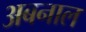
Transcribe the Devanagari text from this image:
अबनाल